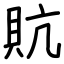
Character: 貥